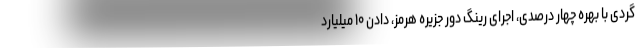
گردی با بهره چهار درصدی، اجرای رینگ دور جزیره هرمز، دادن ۱۰ میلیارد